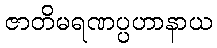
ဇာတိမရဏပ္ပဟာနာယ